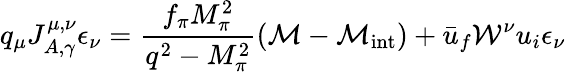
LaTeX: q_{\mu}J_{A,\gamma}^{\mu,\nu}\epsilon_{\nu}=\frac{f_{\pi}M_{\pi}^{2}}{q^{2}-M_{\pi}^{2}}({\cal M}-{\cal M}_{\mathrm{int}})+\bar{u}_{f}{\cal W^{\nu}}u_{i}\epsilon_{\nu}